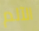
الآلم